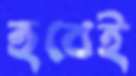
হবেই